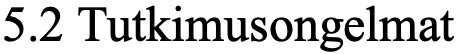
5.2 Tutkimusongelmat